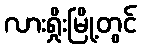
လားရှိုးမြို့တွင်